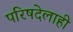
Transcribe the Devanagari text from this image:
परिषदेलाही